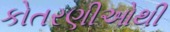
કોતરણીઓથી